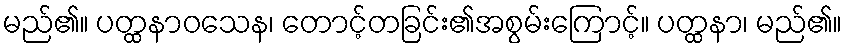
မည်၏။ ပတ္ထနာဝသေန၊ တောင့်တခြင်း၏အစွမ်းကြောင့်။ ပတ္ထနာ၊ မည်၏။